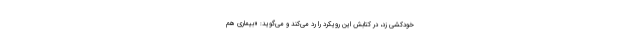
خودکشی زد، در کتابش این رویکرد را رد می‌کند و می‌گوید: «بیماری هم